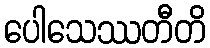
ပေါသေဿတီတိ